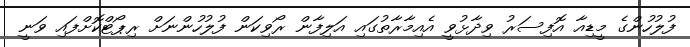
ފުލުހުންގެ މީޑިއާ އޮފިސަރު ވިދާޅުވީ އެއިމާރާތުގައި އަލިފާން ރޯވިކަން ފުލުހުންނަށް ރިޕޯޓްކޮށްފައި ވަނީ